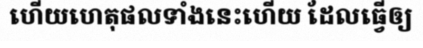
ហើយហេតុផលទាំងនេះហើយ ដែលធ្វើឲ្យ